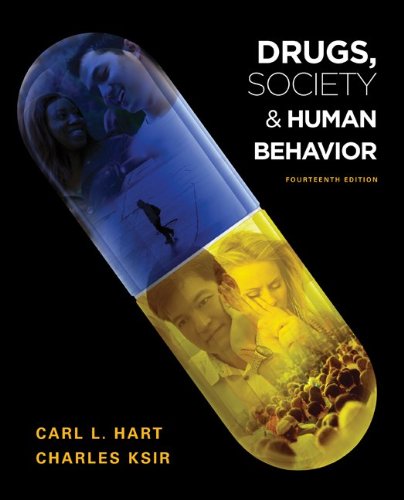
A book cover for Drugs, Society, and Human Behavior; Carl Hart; Health, Fitness & Dieting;